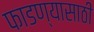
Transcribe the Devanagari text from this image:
फाडण्यासाठी